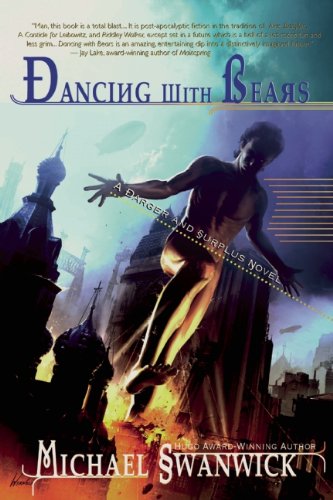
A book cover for Dancing with Bears: A Darger & Surplus Novel; Michael Swanwick; Science Fiction & Fantasy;